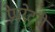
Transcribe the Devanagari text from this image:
प्रेपरेटरी